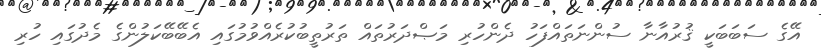
އޭގެ ސަބަބަކީ ޤުރުއާނާ ސުންނަތައްފަހު ދެންހުރި މަޞްދަރުތައް ތަރުތީބުކުރެއްވުމުގައި އެބޭބޭކަލުންގެ މެދުގައި ހުރި